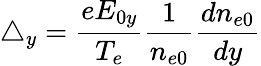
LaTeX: \triangle_{y}=\frac{eE_{0y}}{T_{e}}\frac{1}{n_{e0}}\frac{dn_{e0}}{dy}